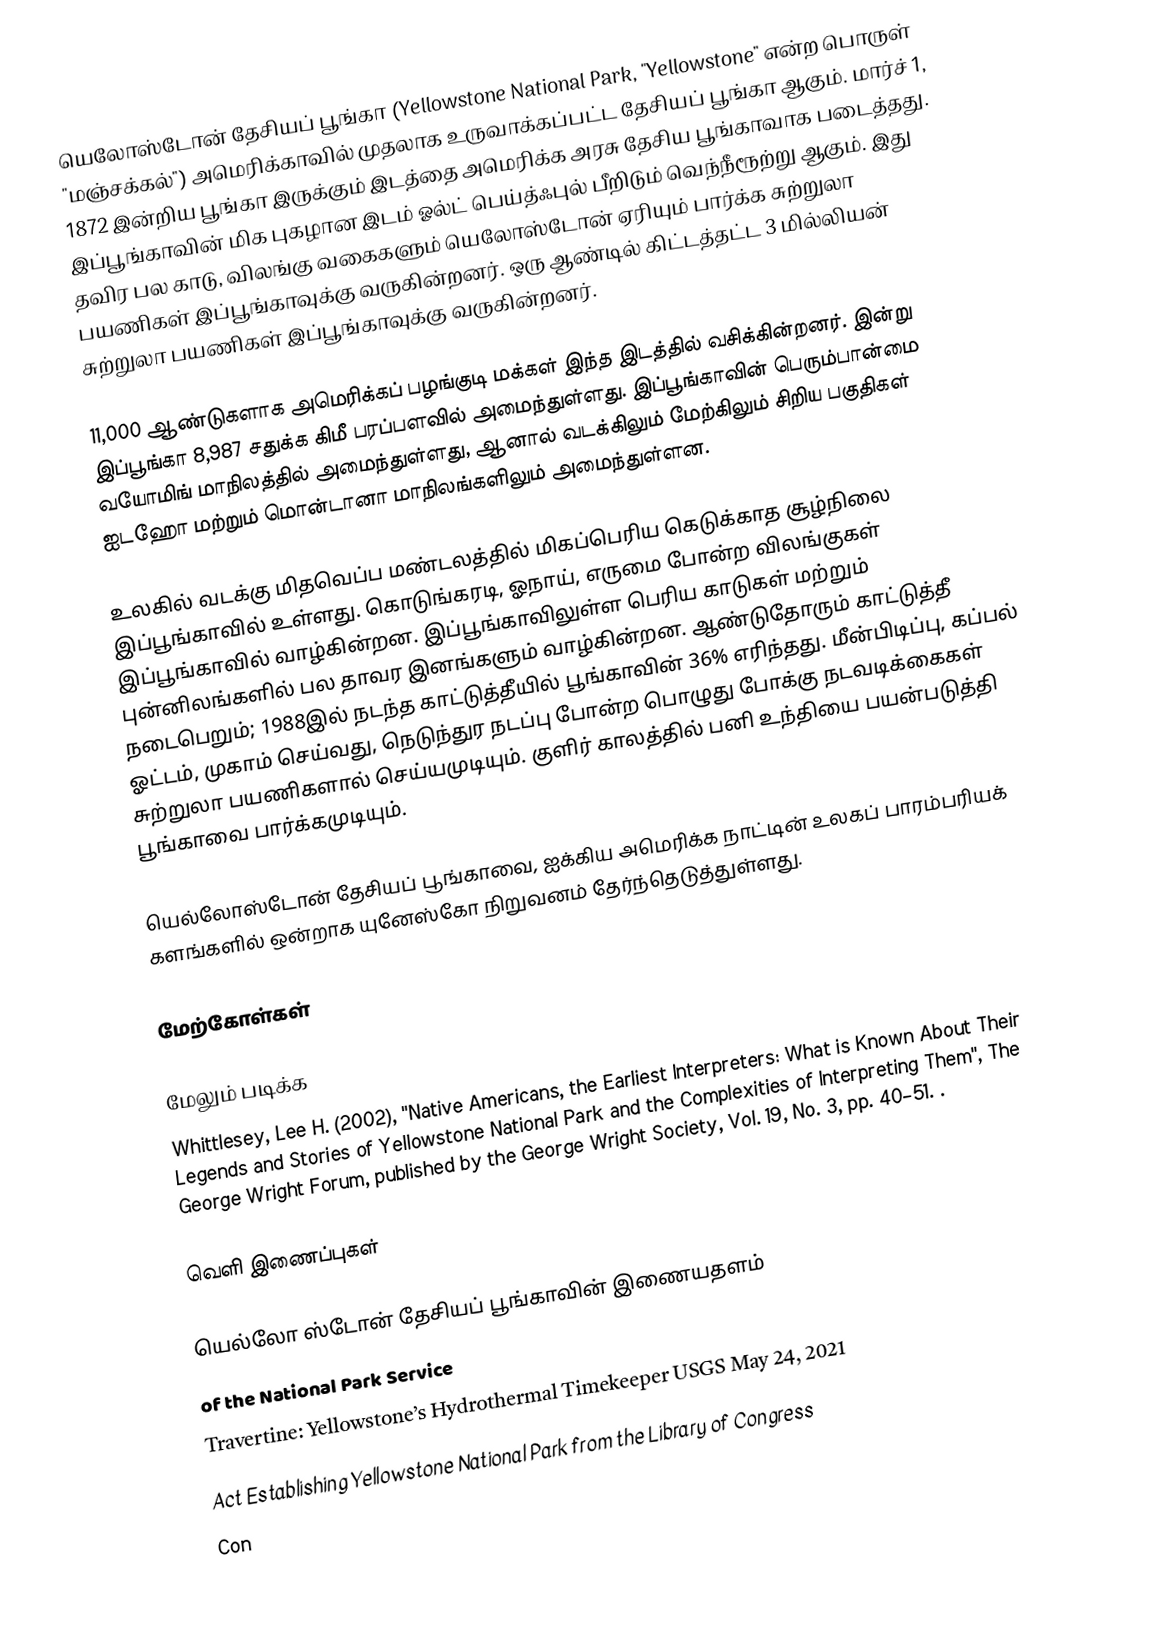
யெலோஸ்டோன் தேசியப் பூங்கா (Yellowstone National Park, "Yellowstone" என்ற பொருள் "மஞ்சக்கல்") அமெரிக்காவில் முதலாக உருவாக்கப்பட்ட தேசியப் பூங்கா ஆகும். மார்ச் 1, 1872 இன்றிய பூங்கா இருக்கும் இடத்தை அமெரிக்க அரசு தேசிய பூங்காவாக படைத்தது. இப்பூங்காவின் மிக புகழான இடம் ஓல்ட் பெய்த்ஃபுல் பீறிடும் வெந்நீரூற்று ஆகும். இது தவிர பல காடு, விலங்கு வகைகளும் யெலோஸ்டோன் ஏரியும் பார்க்க சுற்றுலா பயணிகள் இப்பூங்காவுக்கு வருகின்றனர். ஒரு ஆண்டில் கிட்டத்தட்ட 3 மில்லியன் சுற்றுலா பயணிகள் இப்பூங்காவுக்கு வருகின்றனர்.

11,000 ஆண்டுகளாக அமெரிக்கப் பழங்குடி மக்கள் இந்த இடத்தில் வசிக்கின்றனர். இன்று இப்பூங்கா 8,987 சதுக்க கிமீ பரப்பளவில் அமைந்துள்ளது. இப்பூங்காவின் பெரும்பான்மை வயோமிங் மாநிலத்தில் அமைந்துள்ளது, ஆனால் வடக்கிலும் மேற்கிலும் சிறிய பகுதிகள் ஐடஹோ மற்றும் மொன்டானா மாநிலங்களிலும் அமைந்துள்ளன.

உலகில் வடக்கு மிதவெப்ப மண்டலத்தில் மிகப்பெரிய கெடுக்காத சூழ்நிலை இப்பூங்காவில் உள்ளது. கொடுங்கரடி, ஓநாய், எருமை போன்ற விலங்குகள் இப்பூங்காவில் வாழ்கின்றன. இப்பூங்காவிலுள்ள பெரிய காடுகள் மற்றும் புன்னிலங்களில் பல தாவர இனங்களும் வாழ்கின்றன. ஆண்டுதோரும் காட்டுத்தீ நடைபெறும்; 1988இல் நடந்த காட்டுத்தீயில் பூங்காவின் 36% எரிந்தது. மீன்பிடிப்பு, கப்பல் ஓட்டம், முகாம் செய்வது, நெடுந்துர நடப்பு போன்ற பொழுது போக்கு நடவடிக்கைகள் சுற்றுலா பயணிகளால் செய்யமுடியும். குளிர் காலத்தில் பனி உந்தியை பயன்படுத்தி பூங்காவை பார்க்கமுடியும்.

யெல்லோஸ்டோன் தேசியப் பூங்காவை, ஐக்கிய அமெரிக்க நாட்டின் உலகப் பாரம்பரியக் களங்களில் ஒன்றாக யுனேஸ்கோ நிறுவனம் தேர்ந்தெடுத்துள்ளது.

மேற்கோள்கள்

மேலும் படிக்க
 Whittlesey, Lee H. (2002), "Native Americans, the Earliest Interpreters: What is Known About Their Legends and Stories of Yellowstone National Park and the Complexities of Interpreting Them", The George Wright Forum, published by the George Wright Society, Vol. 19, No. 3, pp. 40–51. .

வெளி இணைப்புகள்

யெல்லோ ஸ்டோன் தேசியப் பூங்காவின் இணையதளம்
  of the National Park Service
 Travertine: Yellowstone’s Hydrothermal Timekeeper USGS May 24, 2021
 Act Establishing Yellowstone National Park from the Library of Congress
 Con